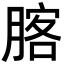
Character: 𦝣